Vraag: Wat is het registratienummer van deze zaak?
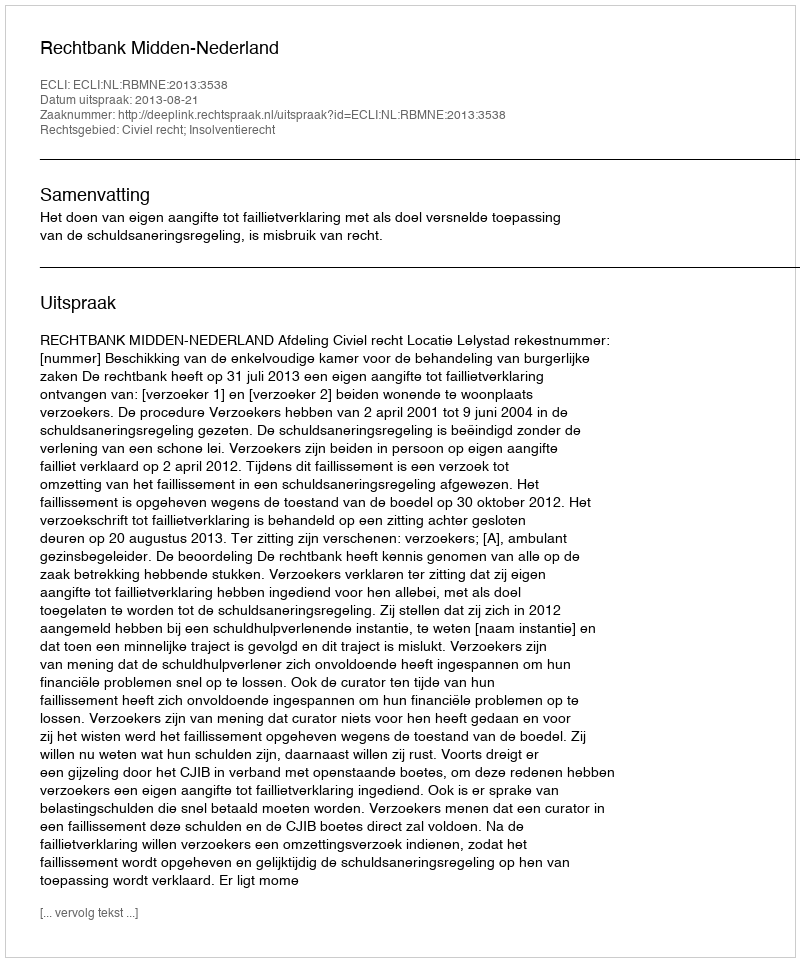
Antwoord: http://deeplink.rechtspraak.nl/uitspraak?id=ECLI:NL:RBMNE:2013:3538